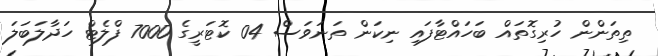
ތިތަންން ހުރިގޮތައް ބަހައްޓާފައި ނިކަން ތަނަވަސް 04 ކޮޓަރީގެ 7000 ފްލެޓް ހަދާލަބަލަ